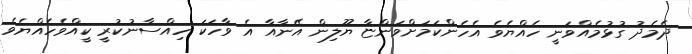
ދެމެދު ގުޅުމެއްވަނީ ހެއްޔެވެ އެހެންކަމަށްވަންޏާ ޔޫލިން އޭނާއާ އެ ވާހަކަ ހިއްސާނުކުރީ ކީއްވެހެއްޔެވެ